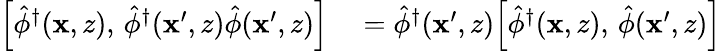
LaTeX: \begin{array}{rl}{\Bigl[\hat{\phi}^{\dagger}(\mathbf{x},z),\, \hat{\phi}^{\dagger}(\mathbf{x}^{\prime},z)\hat{\phi}(\mathbf{x}^{\prime},z)\Bigr]}&{{}=\hat{\phi}^{\dagger}(\mathbf{x}^{\prime},z)\Bigl[\hat{\phi}^{\dagger}(\mathbf{x},z),\, \hat{\phi}(\mathbf{x}^{\prime},z)\Bigr]}\end{array}